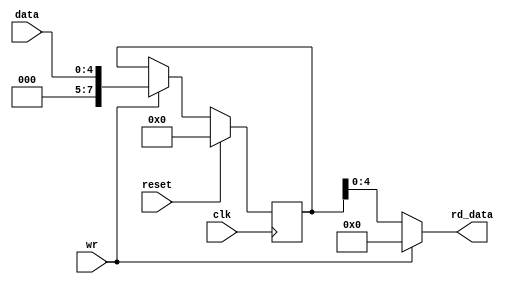
module memory(input wr,
              input clk,            
              input [4:0]data,             
              input reset,
              output [4:0]rd_data);
  reg [7:0] register;
  always @(posedge clk)begin
    if(reset)
      register<=0;
    else if( wr)
      register<=data;
  end
  assign 
    rd_data =(~wr)? register:0;
 
endmodule